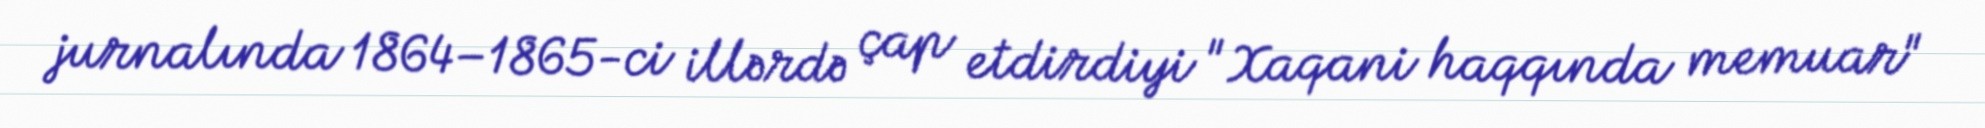
jurnalında 1864–1865-ci illərdə çap etdirdiyi "Xaqani haqqında memuar"